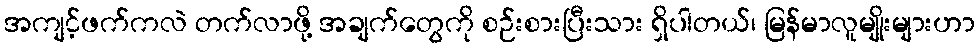
အကျင့်ဖက်ကလဲ တက်လာဖို့ အချက်တွေကို စဉ်းစားပြီးသား ရှိပါတယ်၊ မြန်မာလူမျိုးများဟာ